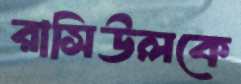
রাসিউলকে